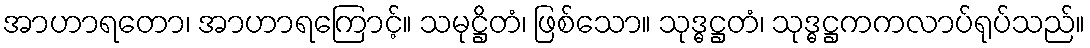
အာဟာရတော၊ အာဟာရကြောင့်။ သမုဋ္ဌိတံ၊ ဖြစ်သော။ သုဒ္ဓဋ္ဌတံ၊ သုဒ္ဓဋ္ဌကကလာပ်ရုပ်သည်။